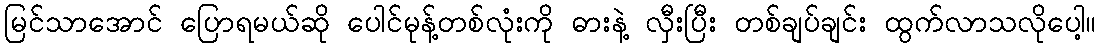
မြင်သာအောင် ပြောရမယ်ဆို ပေါင်မုန့်တစ်လုံးကို ဓားနဲ့ လှီးပြီး တစ်ချပ်ချင်း ထွက်လာသလိုပေါ့။